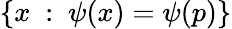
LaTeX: \{ x\ :\ \psi(x)=\psi(p)\}